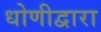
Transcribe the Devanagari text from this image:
धोणीद्वारा